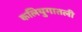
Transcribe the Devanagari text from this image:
कलियुगातली